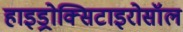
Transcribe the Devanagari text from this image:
हाइड्रोक्सिटाइरोसॉल